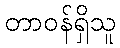
တာဝန်ရှိသူ